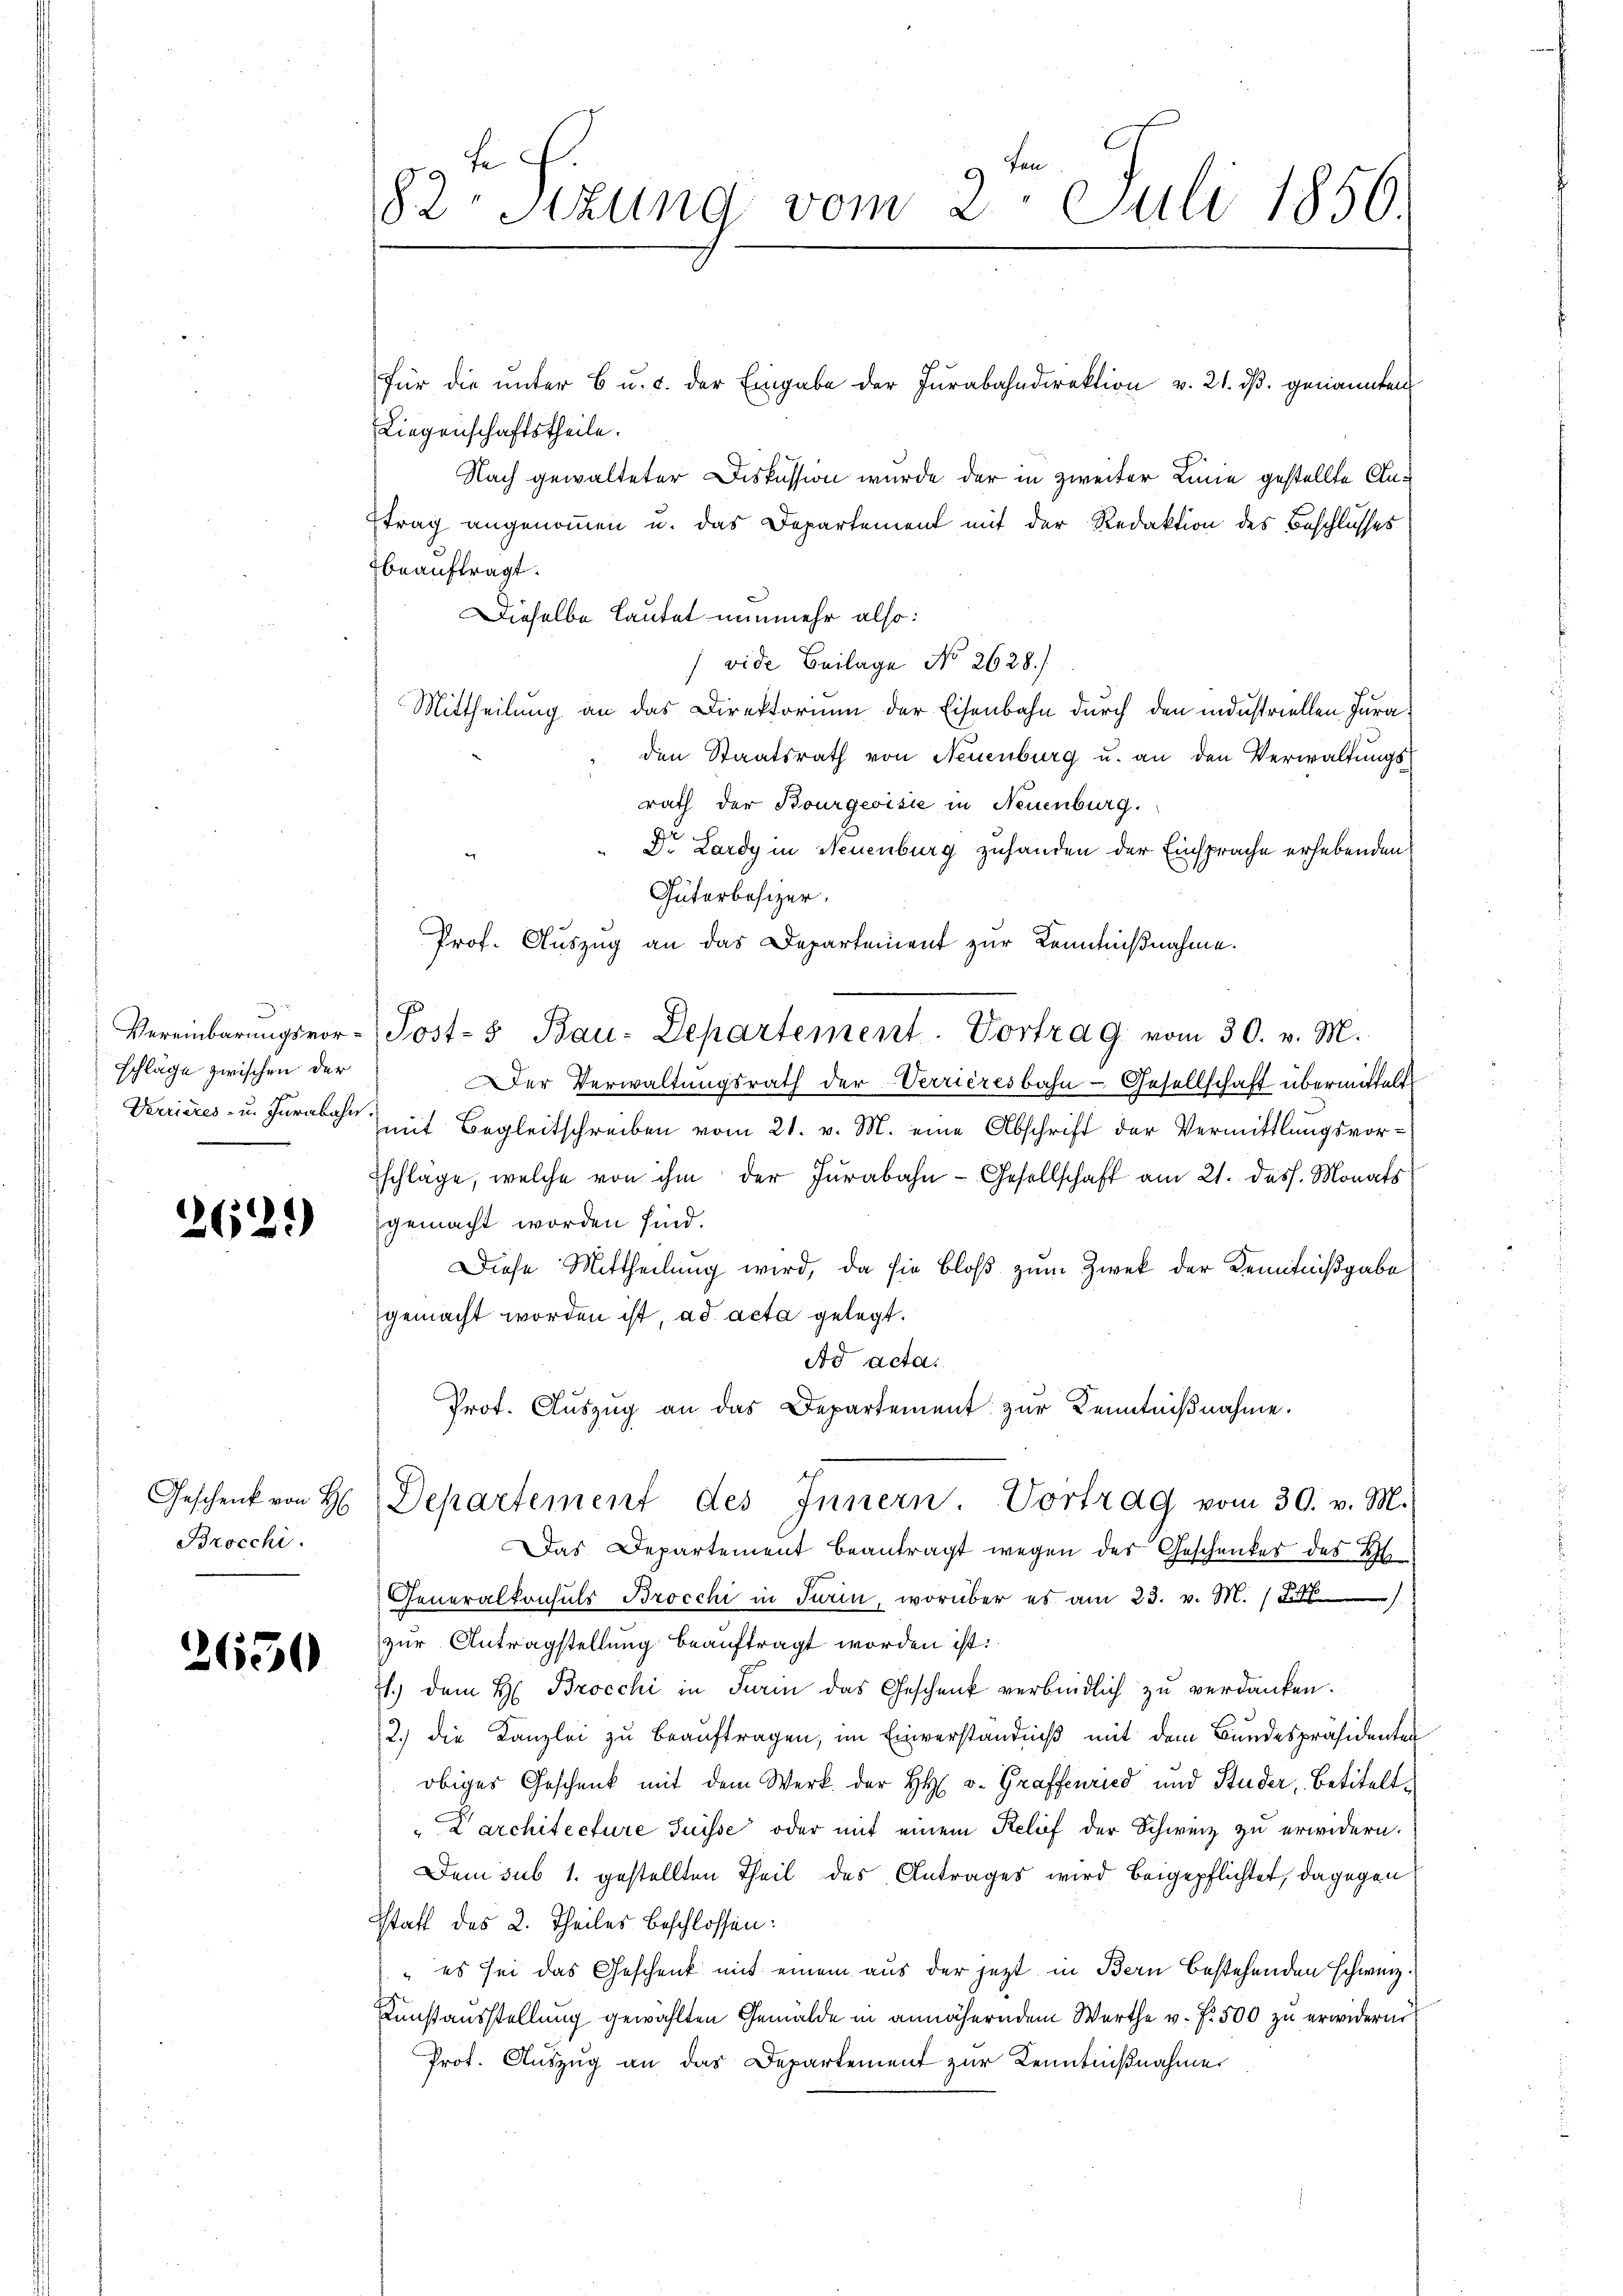
.
Vereinbarungsvorschläge zwischen der
Verrieres- u. Jurabahn

262)

Geschenk von H
Brocchi.

2650

t f.
82: Stzung vom 2. Juli 1856

für die unter 6 u. c. der Eingabe der Jurabahndirektion v. 21. dβ. genannten
Liegenschaftstheile.
Nach gewalteter Diskussion wurde der in zweiter Linie gestellte An¬
Etrag angenommen u. das Departement mit der Redaktion des Beschlusses
beauftragt.
Dieselbe lautet nunmehr also:
vide Beilage No 2628.)
Mittheilung an das Direktorium der Eisenbahn durch den industriellen Juraden Staatsrath von Neuenburg u. an den Verwaltungsrath der Bourgeoisie in Neuenburg.
Dr. Lardy in Neuenburg zuhanden der Einsprache erhebenden
Güterbesizer.
Prof. Auszug an das Departement zur Kenntnißnahme.
Post- & Bau-Departement. Vortrag vom 30. v. M.
Der Verwaltungsrath der Verrieresbahn - Gesellschaft übermittelt
mit Begleitschreiben vom 21. v. M. eine Abschrift der Vermittlungsvor¬
Eschlage, welche von ihm der Jurabahn- Gesellschaft am 21. dess. Monats
gemacht worden sind.
Diese Mittheilung wird, da sie bloß zum Zwek der Kenntnißgabe
gemacht worden ist ad acta gelegt.
Ad acta.
Prot. Auszug an das Departement zur Kenntniβnahme.
Departement des Innern. Vortrag vom 30. v. M.
Das Departement beantragt wegen der Geschenker des W
Generalkonsuls Brocchi in Turin, worüber es am 23. v. M.
zur Antragstellung beauftragt worden ist.
71.) dem H: Brocchi in Turin das Geschenk verbindlich zu verdanken.
2.) die Kanzlei zu beauftragen, im Einverständniß mit dem Bundespräsidenten
obiges Geschenk mit dem Werk der H v. Graffenried und Studer betitelt.
Karchitecture Suisse oder mit einem Relief der Schweiz zu erwidern.
Dem sub 1. gestellten Theil des Antrages wird beigepflichtet, dagegen
Statt des 2. Theiles beschlossen:
„es sei das Geschenk mit einem aus der jetzt in Bern bestehenden schweiz.
Kunstausstellung gewählten Gemälde in annäherndem Werthe v. Fr. 500 zu erwiderni
Prot. Auszug an das Departement zur Kenntnißnahme